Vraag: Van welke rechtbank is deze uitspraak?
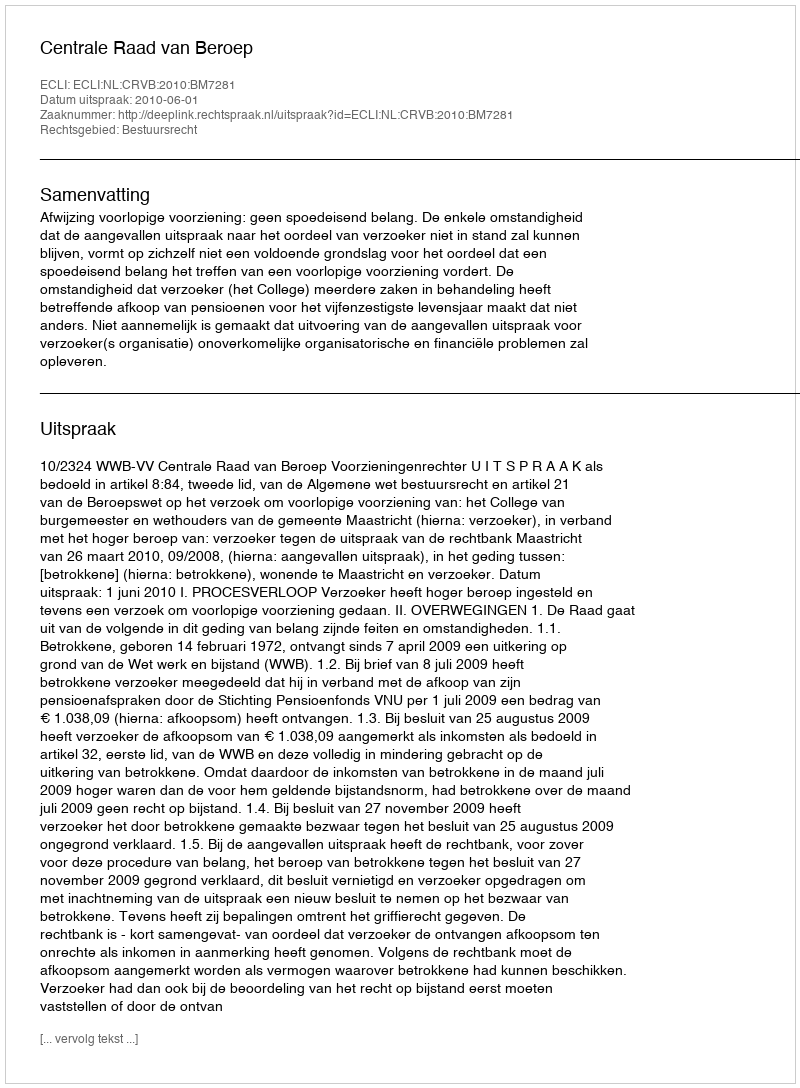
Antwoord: Centrale Raad van Beroep